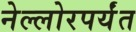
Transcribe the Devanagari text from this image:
नेल्लोरपर्यंत